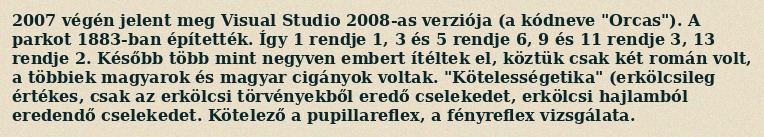
2007 végén jelent meg Visual Studio 2008-as verziója (a kódneve "Orcas"). A parkot 1883-ban építették. Így 1 rendje 1, 3 és 5 rendje 6, 9 és 11 rendje 3, 13 rendje 2. Később több mint negyven embert ítéltek el, köztük csak két román volt, a többiek magyarok és magyar cigányok voltak. "Kötelességetika" (erkölcsileg értékes, csak az erkölcsi törvényekből eredő cselekedet, erkölcsi hajlamból eredendő cselekedet. Kötelező a pupillareflex, a fényreflex vizsgálata.